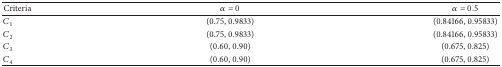
| Criteria | α = 0 | α = 0.5 |
 | --- | --- | --- |
 | C1 | (0.75, 0.9833) | (0.84166, 0.95833) |
 | C2 | (0.75, 0.9833) | (0.84166, 0.95833) |
 | C3 | (0.60, 0.90) | (0.675, 0.825) |
 | C4 | (0.60, 0.90) | (0.675, 0.825) |